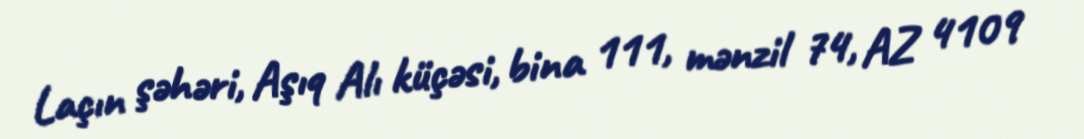
Laçın şəhəri, Aşıq Alı küçəsi, bina 111, mənzil 74, AZ 4109